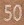
50